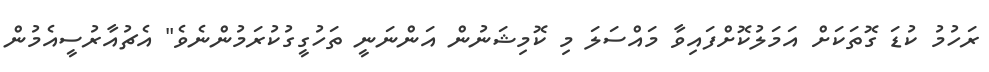
ރަހުމު ކުޑަ ގޮތަކަށް އަމަލުކޮށްފައިވާ މައްސަލަ މި ކޮމިޝަނުން އަންނަނީ ތަހުގީގުކުރަމުންނެވެ" އެޗުއާރުސީއެމުން